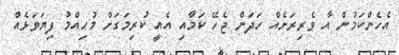
އެހެންކަމުން އާ ވެރިރަށެއް ހަދަން ޖެހޭ ކަމާއި އެއީ ކުރިމަގަށް މުހިއްމު ފިޔަވަޅެއް